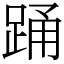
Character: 踊